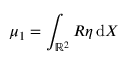
\mu _ { 1 } = \int _ { \mathbb { R } ^ { 2 } } R \eta \, \mathrm { d } X